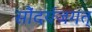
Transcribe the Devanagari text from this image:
सौंदर्यजगत्